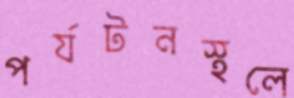
পর্যটনস্থলে